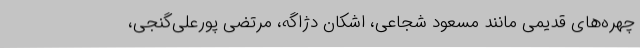
چهره‌های قدیمی مانند مسعود شجاعی، اشکان دژاگه، مرتضی پورعلی‌گنجی،